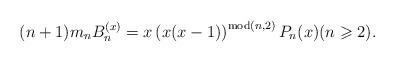
LaTeX: \begin{align*}(n+1)m_{n}B_{n}^{(x)}=x\left( x(x-1)\right) ^{\mathop{\rm mod}\nolimits(n,2)}P_{n}(x)(n\geqslant 2). \end{align*}